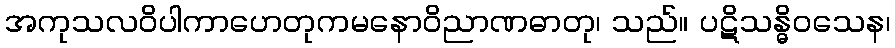
အကုသလဝိပါကာဟေတုကမနောဝိညာဏဓာတု၊ သည်။ ပဋိသန္ဓိဝသေန၊